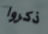
ذكروا